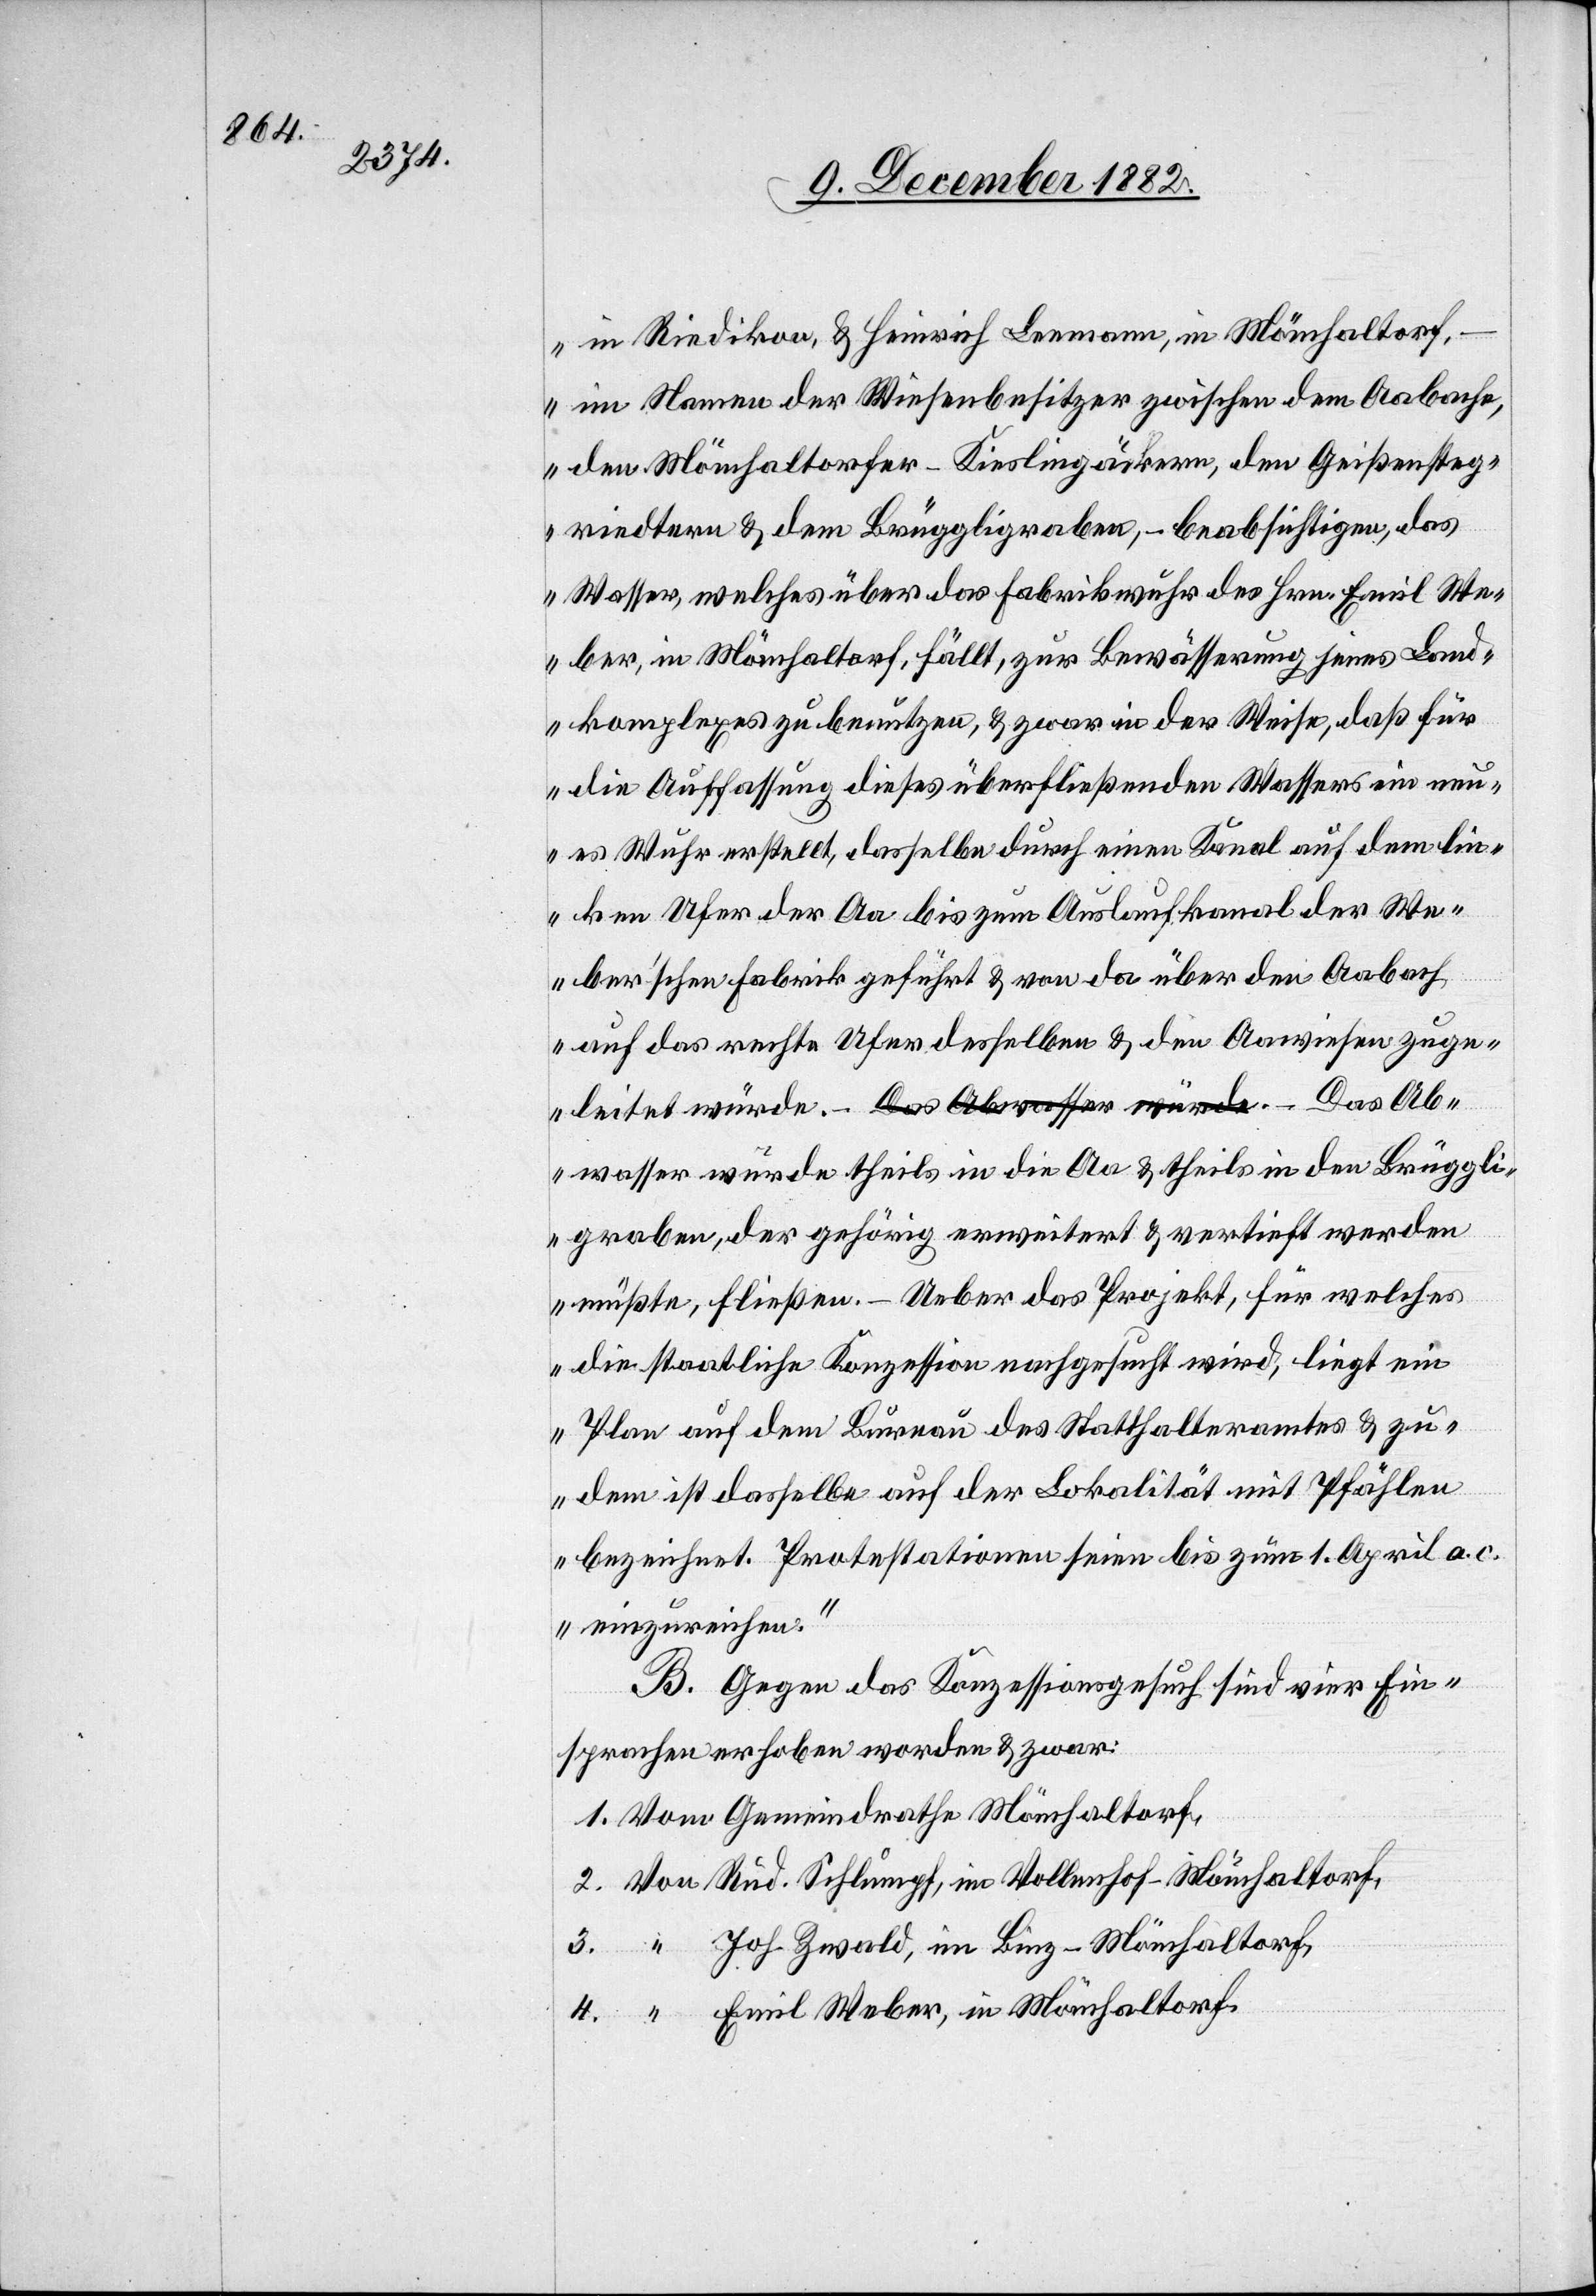
Brüggl¬

in Riedikon & Heinrich Leemann, in Mönchaltorf,
– im Namen der Wiesenbesitzer zwischen dem Aabache,
den Mönchaltorfer-Kieslingäckern, den Geißensteg¬
riedtern & dem Brüggligraben, – beabsichtigen, das
Wasser, welches über das Fabrikwuhr des Hrn. Emil We¬
ber, in Mönchaltorf fällt, zur Bewässerung jenes Land¬
komplexes zu benützen, & zwar in der Weise, daß für
die Auffassung dieses überfließenden Wassers ein neu¬
es Wuhr erstellt, dasselbe durch einen Kanal auf dem lin¬
ken Ufer der Aa bis zum Auslaufkanal der We¬
ber’schen Fabrik geführt & von da über en Aabach
auf das rechte Ufer desselben & den Aawiesen zuge¬
leitet würde. – Das Abwasser würde theils in
igraben, der gehörig erweitert & vertieft werden
müßte, fließen. – Ueber das Projekt, für welches
die staatliche Konzession nachgesucht wird, liegt ein
Plan auf dem Bureau des Statthalteramtes & zu¬
dem ist dasselbe auf der Lokalität mit Pfählen
bezeichnet. Protestationen seien bis zum 1. April a. c.
einzureichen.“
B. Gegen das Konzessionsgesuch sind vier Ein¬
sprachen erhoben worden & zwar:
Rud. Schlumpf, in Vollenhof - Mönchaltorf,
Joh. Zwald, im Binz - Mönchaltorf,
Emil Weber, in Mönchaltorf.